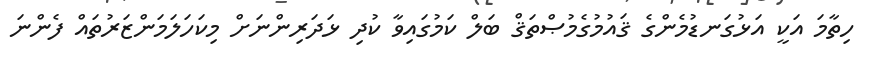
ހިތާމަ އަކީ އަޅުގަނޑުމެންގެ ޤައުމުގެމުޞްތަޤް ބަލް ކަމުގައިވާ ކުދި ޅަދަރިންނަށް މިކަހަލަމަންޒަރުތައް ފެންނަ